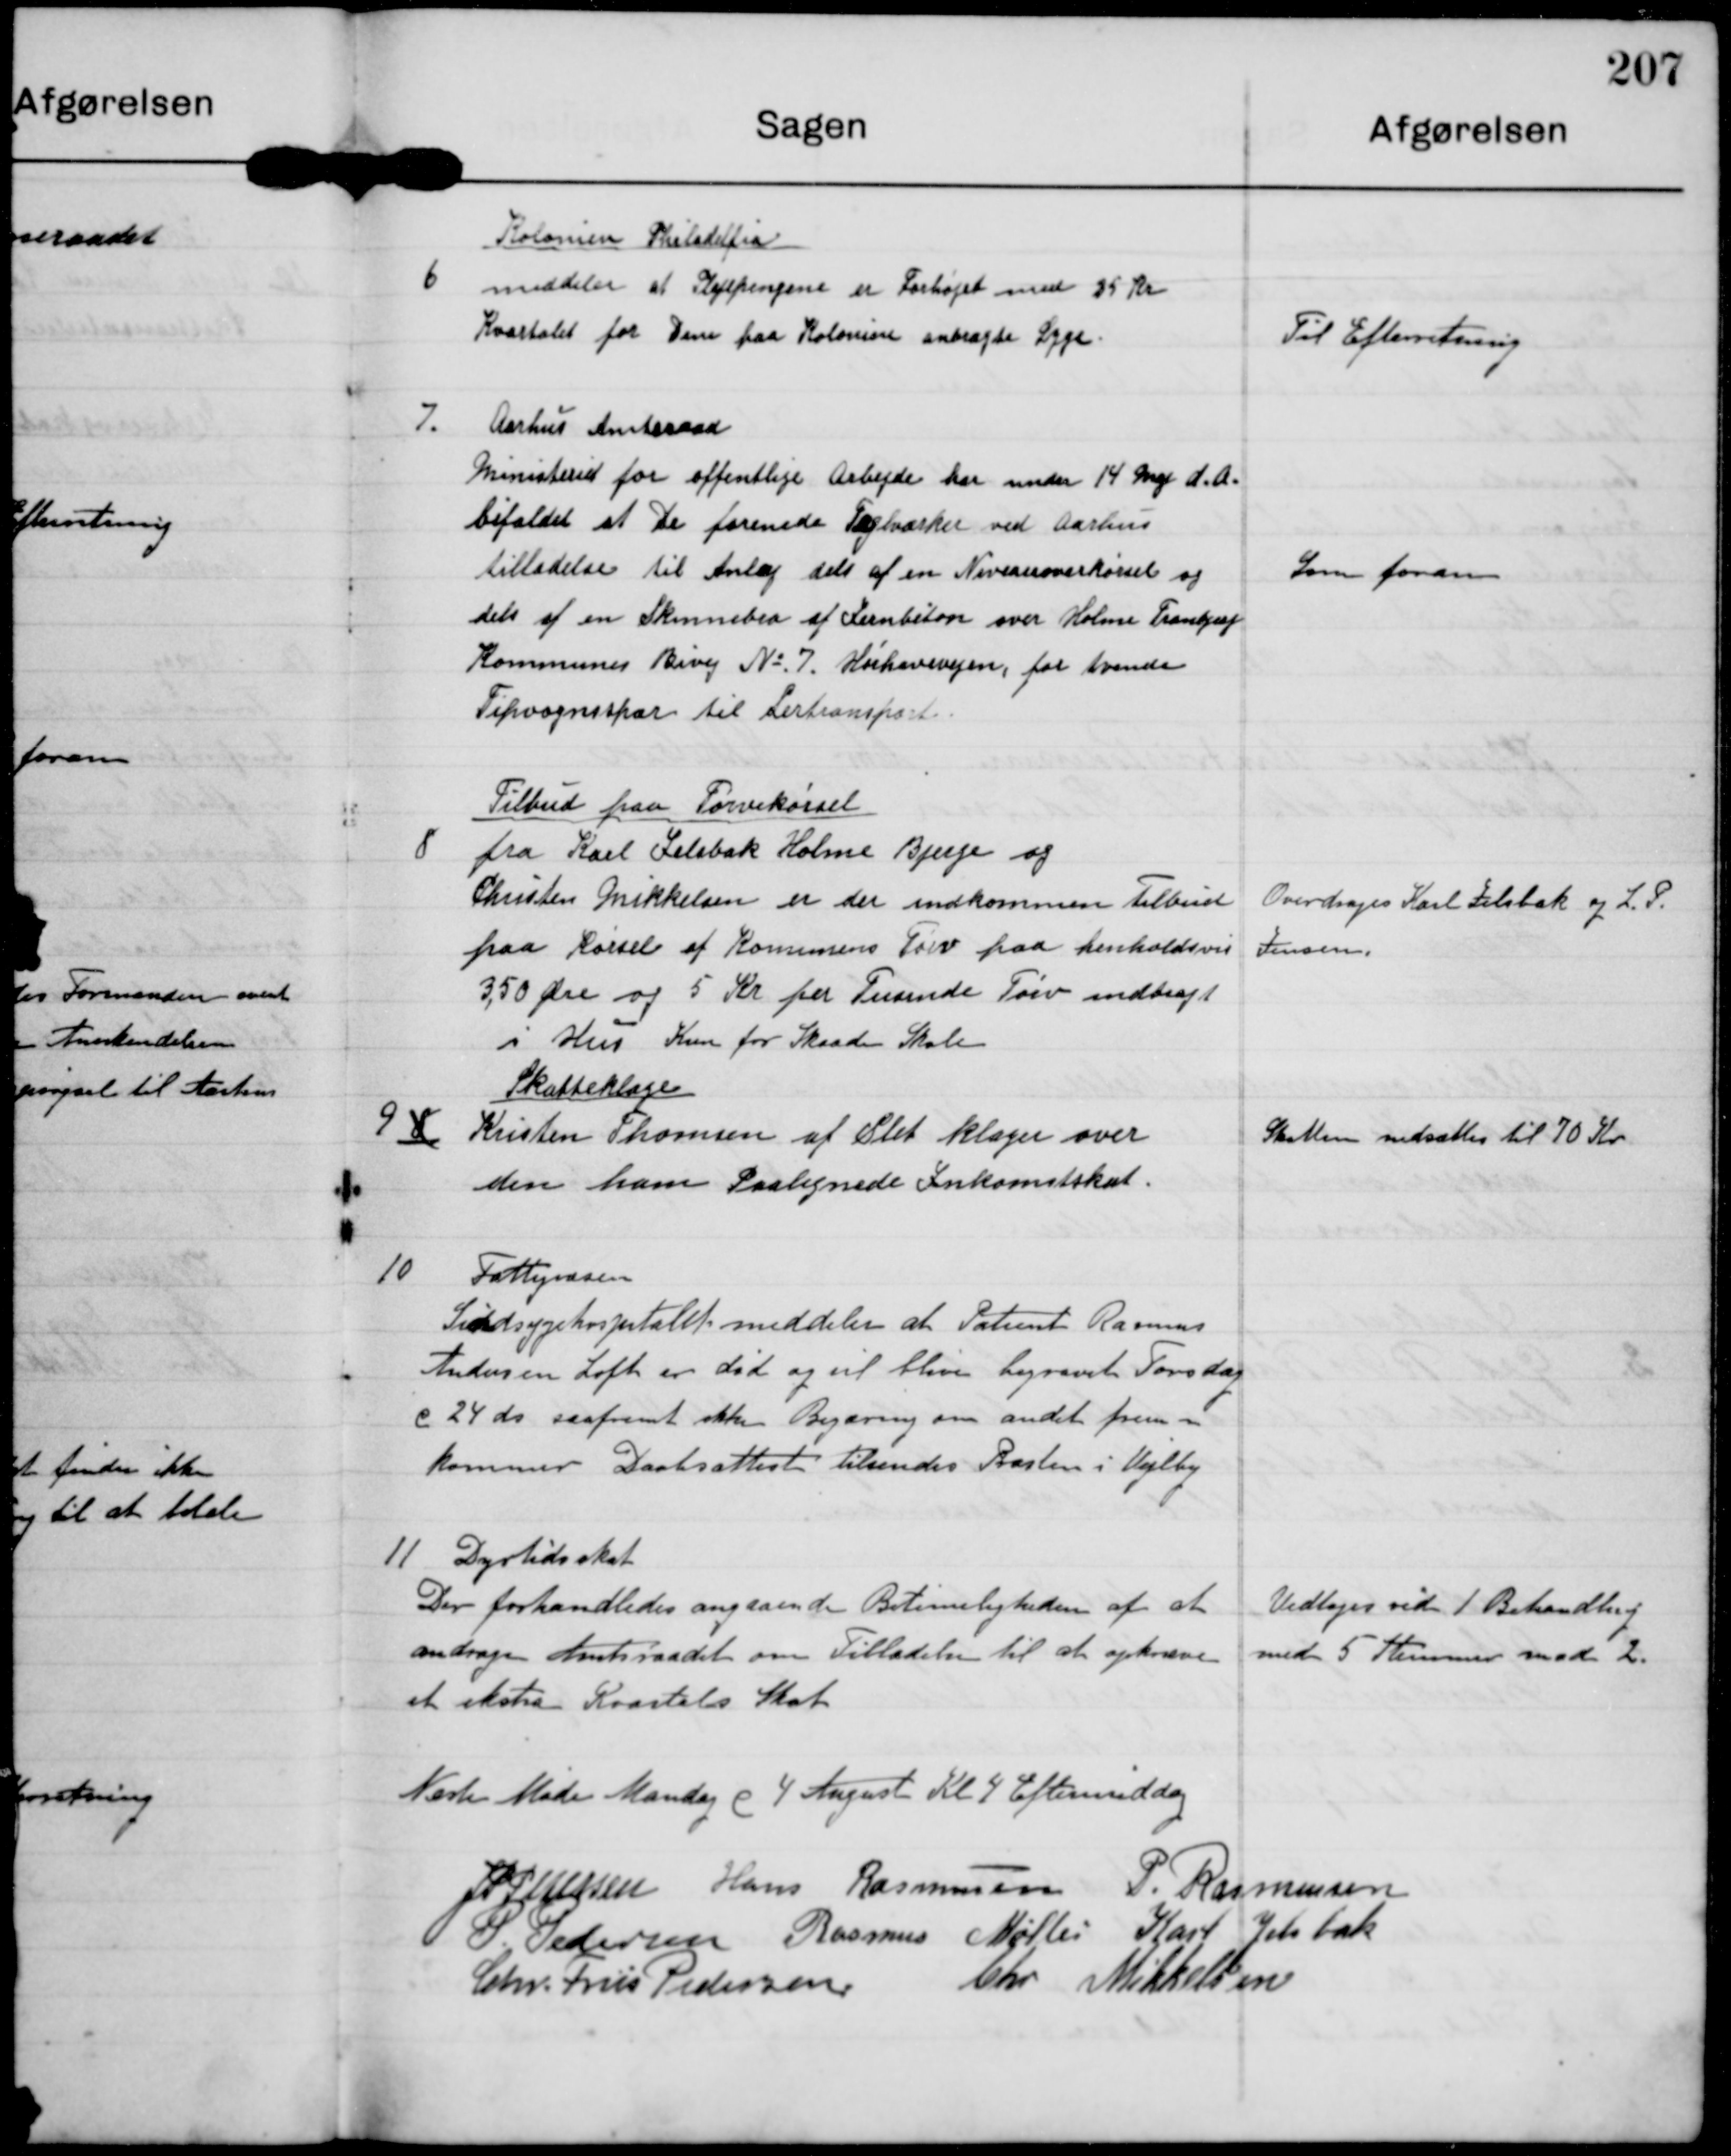
Transskription:
6

Kolonien Philidelfia
meddeler at Plejepengene er Forhøjet med 25 Kr
Kvartalet for Dem paa Kolonien anbragte Syge

Til Efterretning

7

Aarhus Amtsraad
Ministeriet for offentlige Arbejde har under 14 Maj d.A.
bifaldet at De forenede Teglværker ved Aarhus
tilladelse til Anlæg dels af en Niveauoverkørsel og
dels af en Skinnebro af Jernbeton over Holme Tranbjerg
Kommunes Bivej No 7 Hørhavevejen, for tvende
Tipvognsskær til Lertransport.

Som foran

8

Tilbud paa Tørvekørsel
fra Karl Jelsbak Holme Bjerge og
Christen Mikkelsen er der indkommen Tilbud
paa Kørsel af Kommunens Tørv paa henholdsvis
350 Ør og 5 Kr per  Tusinde Tørv indbragt
i Hus Kun for Skaade Skole

Overdrages Karl Jelsbak og l.P.
Jensen

9

8

Skatteklager
Kristen Thomsen af Slet klager over
den ham Paalignede Inkomstskat

Skatten nedsættes til 70 Kr

10

Fattigvæsen
Sindsygehospitalet meddeler at Patient Rasmus
Andersen Loft er død og vil blive begravet Torsdag
d 24 ds saafremt ikke Begæring om andet frem-
kommer. Daabsattest tilsendes Præsten i Vejlby

11

Dyrtidsskat
Der forhandledes angaaende Betimeligheden af at
anrage Amtsraadet om Tilladelse til at opkræve
et ekstra Kvartals Skat

Vedtoges ved 1. Behandling
med 5 Stemmer mod 2.

Næste Møde Mandag d 4. August Kl 4 Eftermiddag

J P Petersen

Hans Rasmussen

P. Rasmussen

P. Pedersen

Rasmus Møller

Karl Jelsbak

Chr. Friis Pedersen

Chr. Mikkelsen